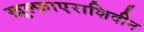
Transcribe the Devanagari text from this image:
ख़ुल्फ़ाएराशिदीन